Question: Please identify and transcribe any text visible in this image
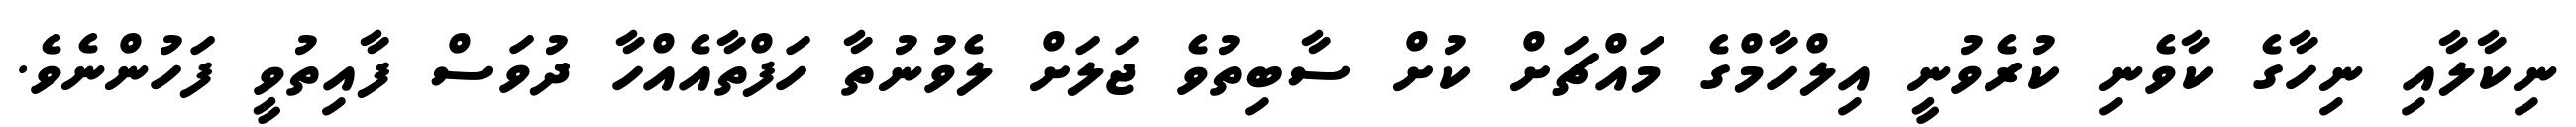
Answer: ނިކާލާއި ނިހާގެ ކާވެނި ކުރެވުނީ އިލްހާމްގެ މައްޗަށް ކުށް ސާބިތުވެ ޖަލަށް ލެވުނުތާ ހަފްތާއެއްހާ ދުވަސް ފާއިތުވީ ފަހުންނެވެ.